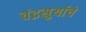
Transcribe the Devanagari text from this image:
चंद्रसुर्याचे